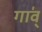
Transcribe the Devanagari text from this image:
गा॑व्